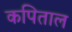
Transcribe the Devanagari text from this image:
कपिताल